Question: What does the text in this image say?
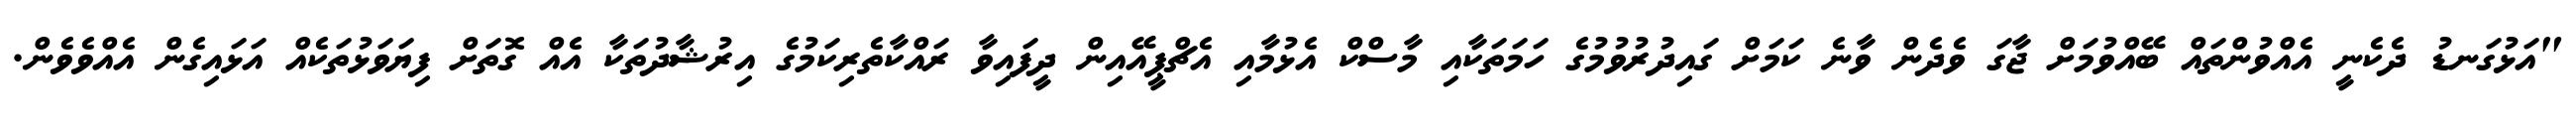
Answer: "އަޅުގަނޑު ދެކެނީ އެއްވުންތައް ބޭއްވުމަށް ޖާގަ ވެދެން ވާނެ ކަމަށް ގައިދުރުވުމުގެ ހަމަތަކާއި މާސްކް އެޅުމާއި އެޗްޕީއޭއިން ދީފައިވާ ރައްކާތެރިކަމުގެ އިރުޝާދުތަކާ އެއް ގޮތަށް ފިޔަވަޅުތަކެއް އަޅައިގެން އެއްވެވެން.